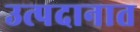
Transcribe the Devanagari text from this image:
उत्पदानात